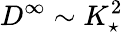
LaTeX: D^{\infty}\sim K_{\star}^{2}